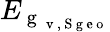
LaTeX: E_{\mathrm{~g~}_{\mathrm{~v~,~S~g~e~o~}}}